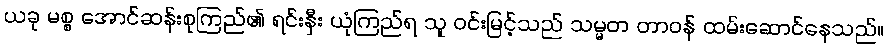
ယခု မစ္စ အောင်ဆန်းစုကြည်၏ ရင်းနှီး ယုံကြည်ရ သူ ဝင်းမြင့်သည် သမ္မတ တာဝန် ထမ်းဆောင်နေသည်။